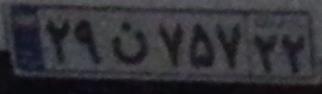
۲۹ن۷۵۷۲۲